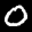
Label: 0